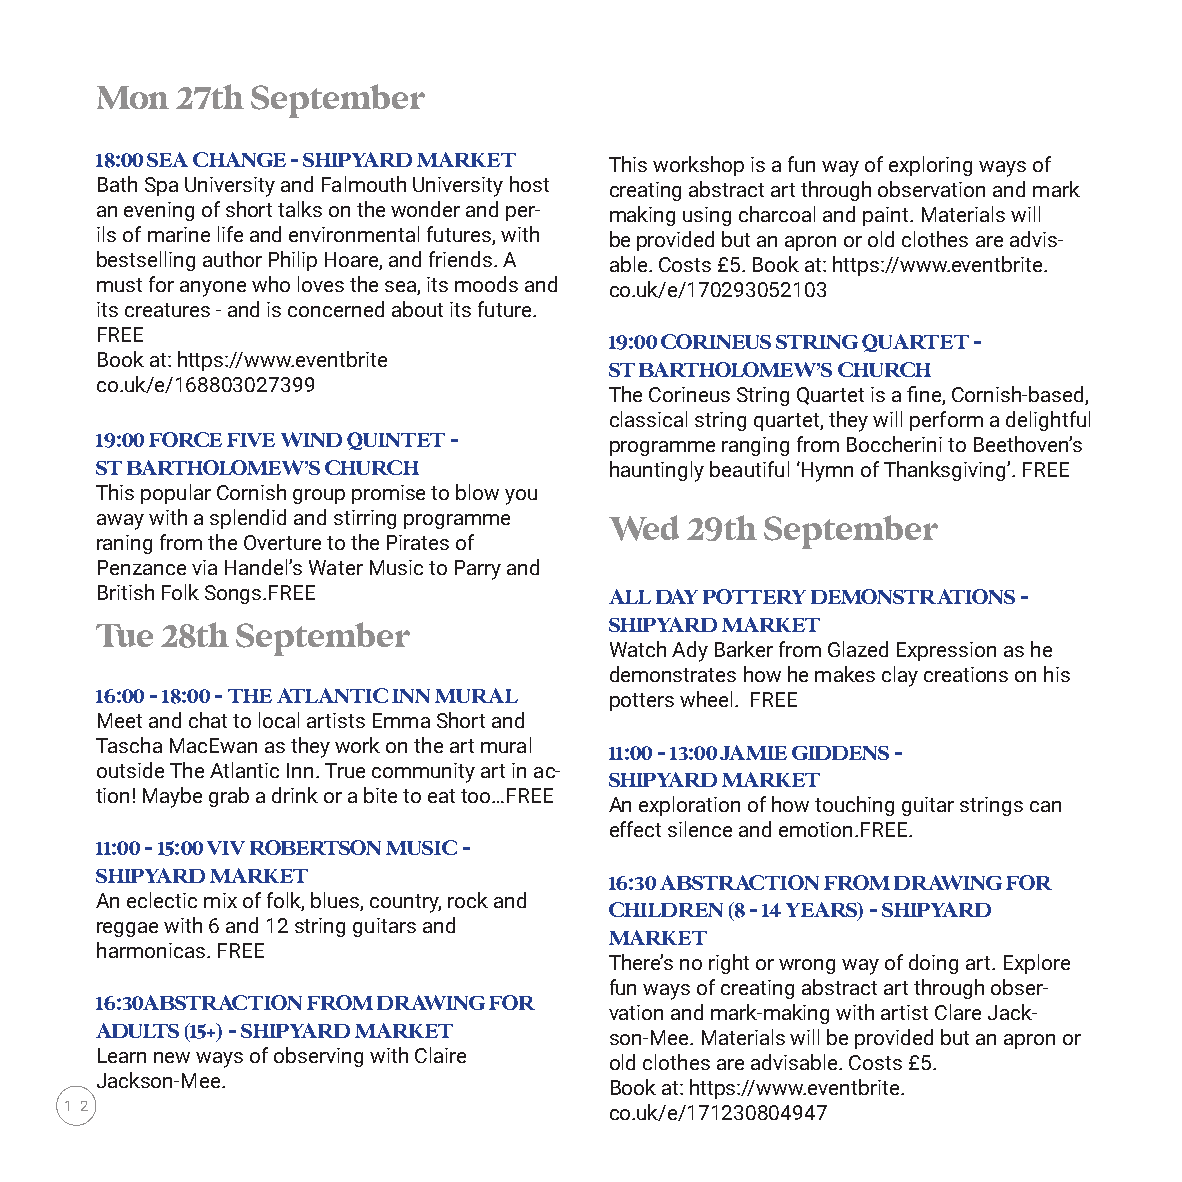
Mon   27th September
 18:00 SEA CHANGE - SHIPYARD MARKET This workshop is a fun way of exploring ways of
 Bath Spa University and Falmouth University host creating abstract art through observation and mark
 an evening of short talks on the wonder and per- making using charcoal and paint. Materials will
 ils of marine life and environmental futures, with be provided but an apron or old clothes are advis-
 bestselling author Philip Hoare, and friends. A able. Costs £5. Book at: https://www.eventbrite.
 must for anyone who loves the sea, its moods and co.uk/e/170293052103
 its creatures - and is concerned about its future.
 FREE
 19:00 CORINEUS STRING QUARTET -
 Book at: https://www.eventbrite
 ST BARTHOLOMEW’S CHURCH
 co.uk/e/168803027399
 The Corineus String Quartet is a fine, Cornish-based,
 classical string quartet, they will perform a delightful
 19:00 FORCE FIVE WIND QUINTET -   programme ranging from Boccherini to Beethoven’s
 ST BARTHOLOMEW’S CHURCH           hauntingly beautiful ‘Hymn of Thanksgiving’. FREE
 This popular Cornish group promise to blow you
 away with a splendid and stirring programme Wed 29th September
 raning from the Overture to the Pirates of
 Penzance via Handel’s Water Music to Parry and
 British Folk Songs.FREE           ALL DAY POTTERY DEMONSTRATIONS -
 Tue  28th September               SHIPYARD MARKET
 Watch Ady Barker from Glazed Expression as he
 demonstrates how he makes clay creations on his
 16:00 - 18:00 - THE ATLANTIC INN MURAL potters wheel. FREE
 Meet and chat to local artists Emma Short and
 Tascha MacEwan as they work on the art mural
 11:00 - 13:00 JAMIE GIDDENS -
 outside The Atlantic Inn. True community art in ac-
 SHIPYARD MARKET
 tion! Maybe grab a drink or a bite to eat too…FREE
 An exploration of how touching guitar strings can
 effect silence and emotion.FREE.
 11:00 - 15:00 VIV ROBERTSON MUSIC -
 SHIPYARD MARKET
 16:30 ABSTRACTION FROM DRAWING FOR
 An eclectic mix of folk, blues, country, rock and
 CHILDREN (8 - 14 YEARS) - SHIPYARD
 reggae with 6 and 12 string guitars and
 MARKET
 harmonicas. FREE
 There’s no right or wrong way of doing art. Explore
 fun ways of creating abstract art through obser-
 16:30ABSTRACTION FROM DRAWING FOR
 vation and mark-making with artist Clare Jack-
 ADULTS (15+) - SHIPYARD MARKET
 son-Mee. Materials will be provided but an apron or
 Learn new ways of observing with Claire
 old clothes are advisable. Costs £5.
 Jackson-Mee.
 Book at: https://www.eventbrite.
 1 2                                 co.uk/e/171230804947